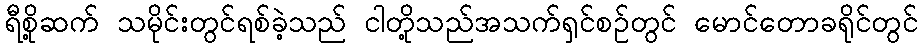
ရီစို့ဆက် သမိုင်းတွင်ရစ်ခဲ့သည် ငါတို့သည်အသက်ရှင်စဉ်တွင် မောင်တောခရိုင်တွင်